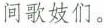
间歌妓们。